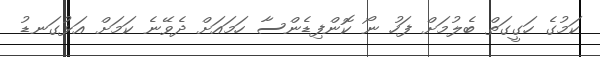
ކަމުގެ ހަގީގަތް ބެލުމަށް ފަހު ނޯ ކޮންފިޑެންސާ ހަމައަށް ދެވޭނެ ކަމަށް އަޅުގަނޑު